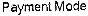
PAYMENT MODE